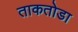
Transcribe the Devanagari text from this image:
ताकतोडा